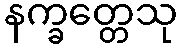
နက္ခတ္တေသု